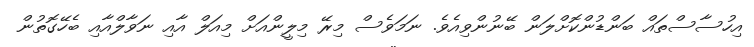
އިހުސާސްތައް ބަންޑުންކޮށްލަން ބޭނުންވިއެވެ. ނަމަވެސް މިރޭ މިލީންއަށް މިއަލް އާއި ނަވާލްއާއި ބެހޭގޮތުން